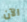
الآن